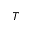
T